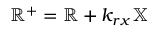
\mathbb { R } ^ { + } = \mathbb { R } + k _ { r x } \mathbb { X }